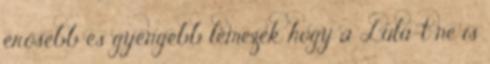
erősebb és gyengébb lemezek hogy a Lulu-t ne is